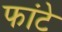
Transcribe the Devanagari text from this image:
फांटे